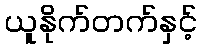
ယူနိုက်တက်နှင့်